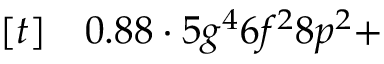
\begin{array} { r l } { [ t ] } & { { } 0 . 8 8 \cdot 5 g ^ { 4 } 6 f ^ { 2 } 8 p ^ { 2 } + } \end{array}